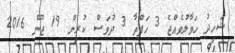
ޝަހީދު ހަވާލުވެއްޖެ 3 ހަފްތާ 3 ދުވަސް ކުރިން 19 ޖޫން 2016